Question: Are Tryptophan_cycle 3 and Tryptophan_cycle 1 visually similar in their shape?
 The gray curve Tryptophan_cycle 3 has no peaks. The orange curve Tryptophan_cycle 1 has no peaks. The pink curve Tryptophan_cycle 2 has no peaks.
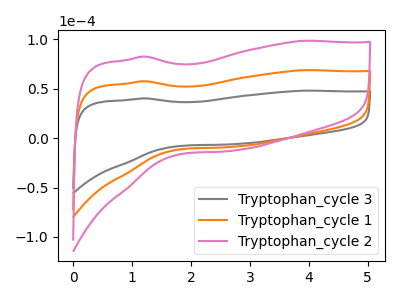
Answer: <think>Neither "Tryptophan_cycle 3" or "Tryptophan_cycle 1" have any peaks.
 </think>
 <answer>"Tryptophan_cycle 3" and "Tryptophan_cycle 1" are similar in shape.</answer>
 <eval>same_shape</eval>